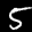
Label: 5